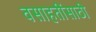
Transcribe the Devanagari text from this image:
वसाहतींसाठी